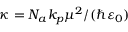
\kappa = N _ { a } k _ { p } \mu ^ { 2 } / ( \hbar \varepsilon _ { 0 } )